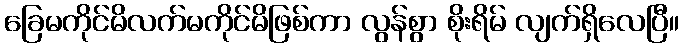
ခြေမကိုင်မိလက်မကိုင်မိဖြစ်ကာ လွန်စွာ စိုးရိမ် လျက်ရှိလေပြီ။